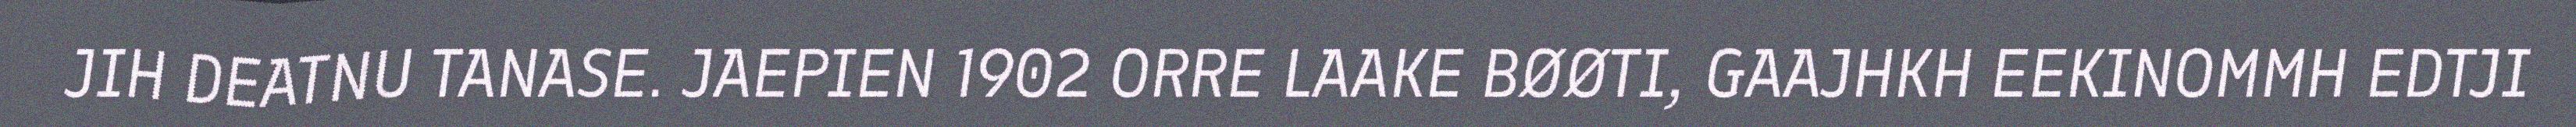
JIH DEATNU TANASE. JAEPIEN 1902 ORRE LAAKE BØØTI, GAAJHKH EEKINOMMH EDTJI